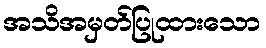
အသိအမှတ်ပြုထားသော